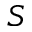
S